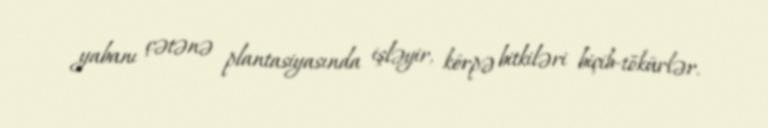
yabanı çətənə plantasiyasında işləyir, körpə bitkiləri biçib-tökürlər.